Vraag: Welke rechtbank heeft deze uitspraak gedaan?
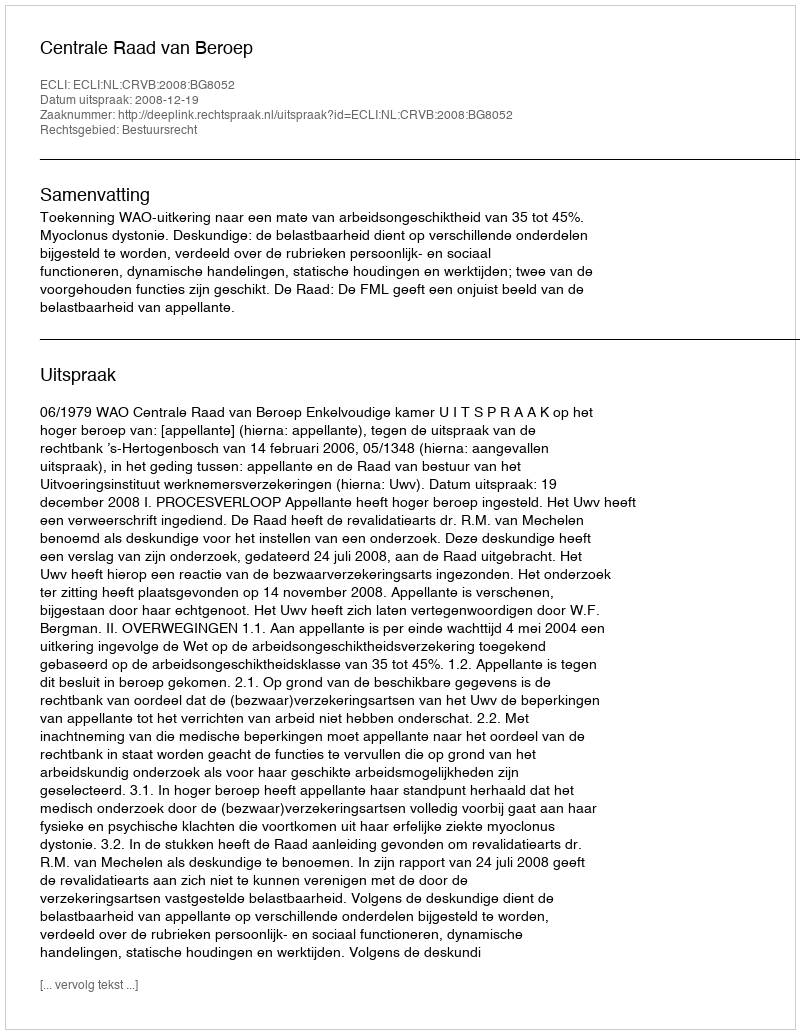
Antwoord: Centrale Raad van Beroep